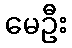
မေဦး